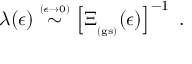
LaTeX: \lambda ( \epsilon ) \stackrel { \scriptscriptstyle ( \epsilon \rightarrow 0 ) } { \sim } \left[ \Xi _ { _ \mathrm { ( g s ) } } ( \epsilon ) \right] ^ { - 1 } \; .